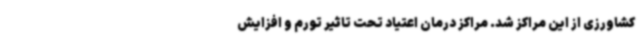
کشاورزی از این مراکز شد. مراکز درمان اعتیاد تحت تاثیر تورم و افزایش